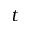
t